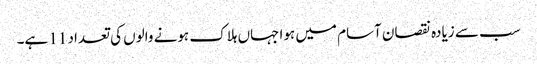
سب سے زیادہ نقصان آسام میں ہوا جہاں ہلاک ہونے والوں کی تعداد 11 ہے۔